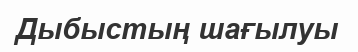
Дыбыстың шағылуы